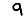
Digit: 9